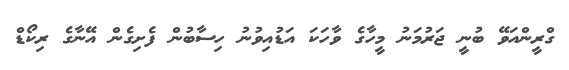
ގްރީންއަވޭ ބުނީ ޖަރުމަނު މީހާގެ ވާހަކަ އަޑުއިވުނު ހިސާބުން ފެށިގެން އޭނާގެ ރިކޯޑް